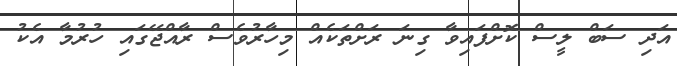
އަދި ސަބް ލީސް ކޮށްފައިވާ ގިނަ ރަށްތަކެއް މިހާރުވެސް ރާއްޖޭގައި ހުރުމާ އެކު